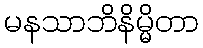
မနသာဘိနိမ္မိတာ